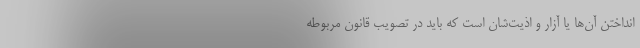
انداختن آن‌ها یا آزار و اذیت‌شان است که باید در تصویب قانون مربوطه